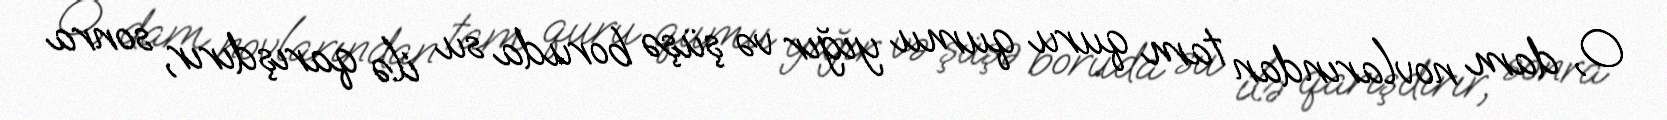
O, dam novlarından tam quru qumu yığır və şüşə boruda su ilə qarışdırır, sonra